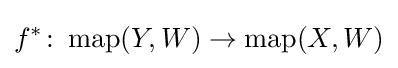
f^{*}\colon \operatorname {map} (Y,W)\to \operatorname {map} (X,W)